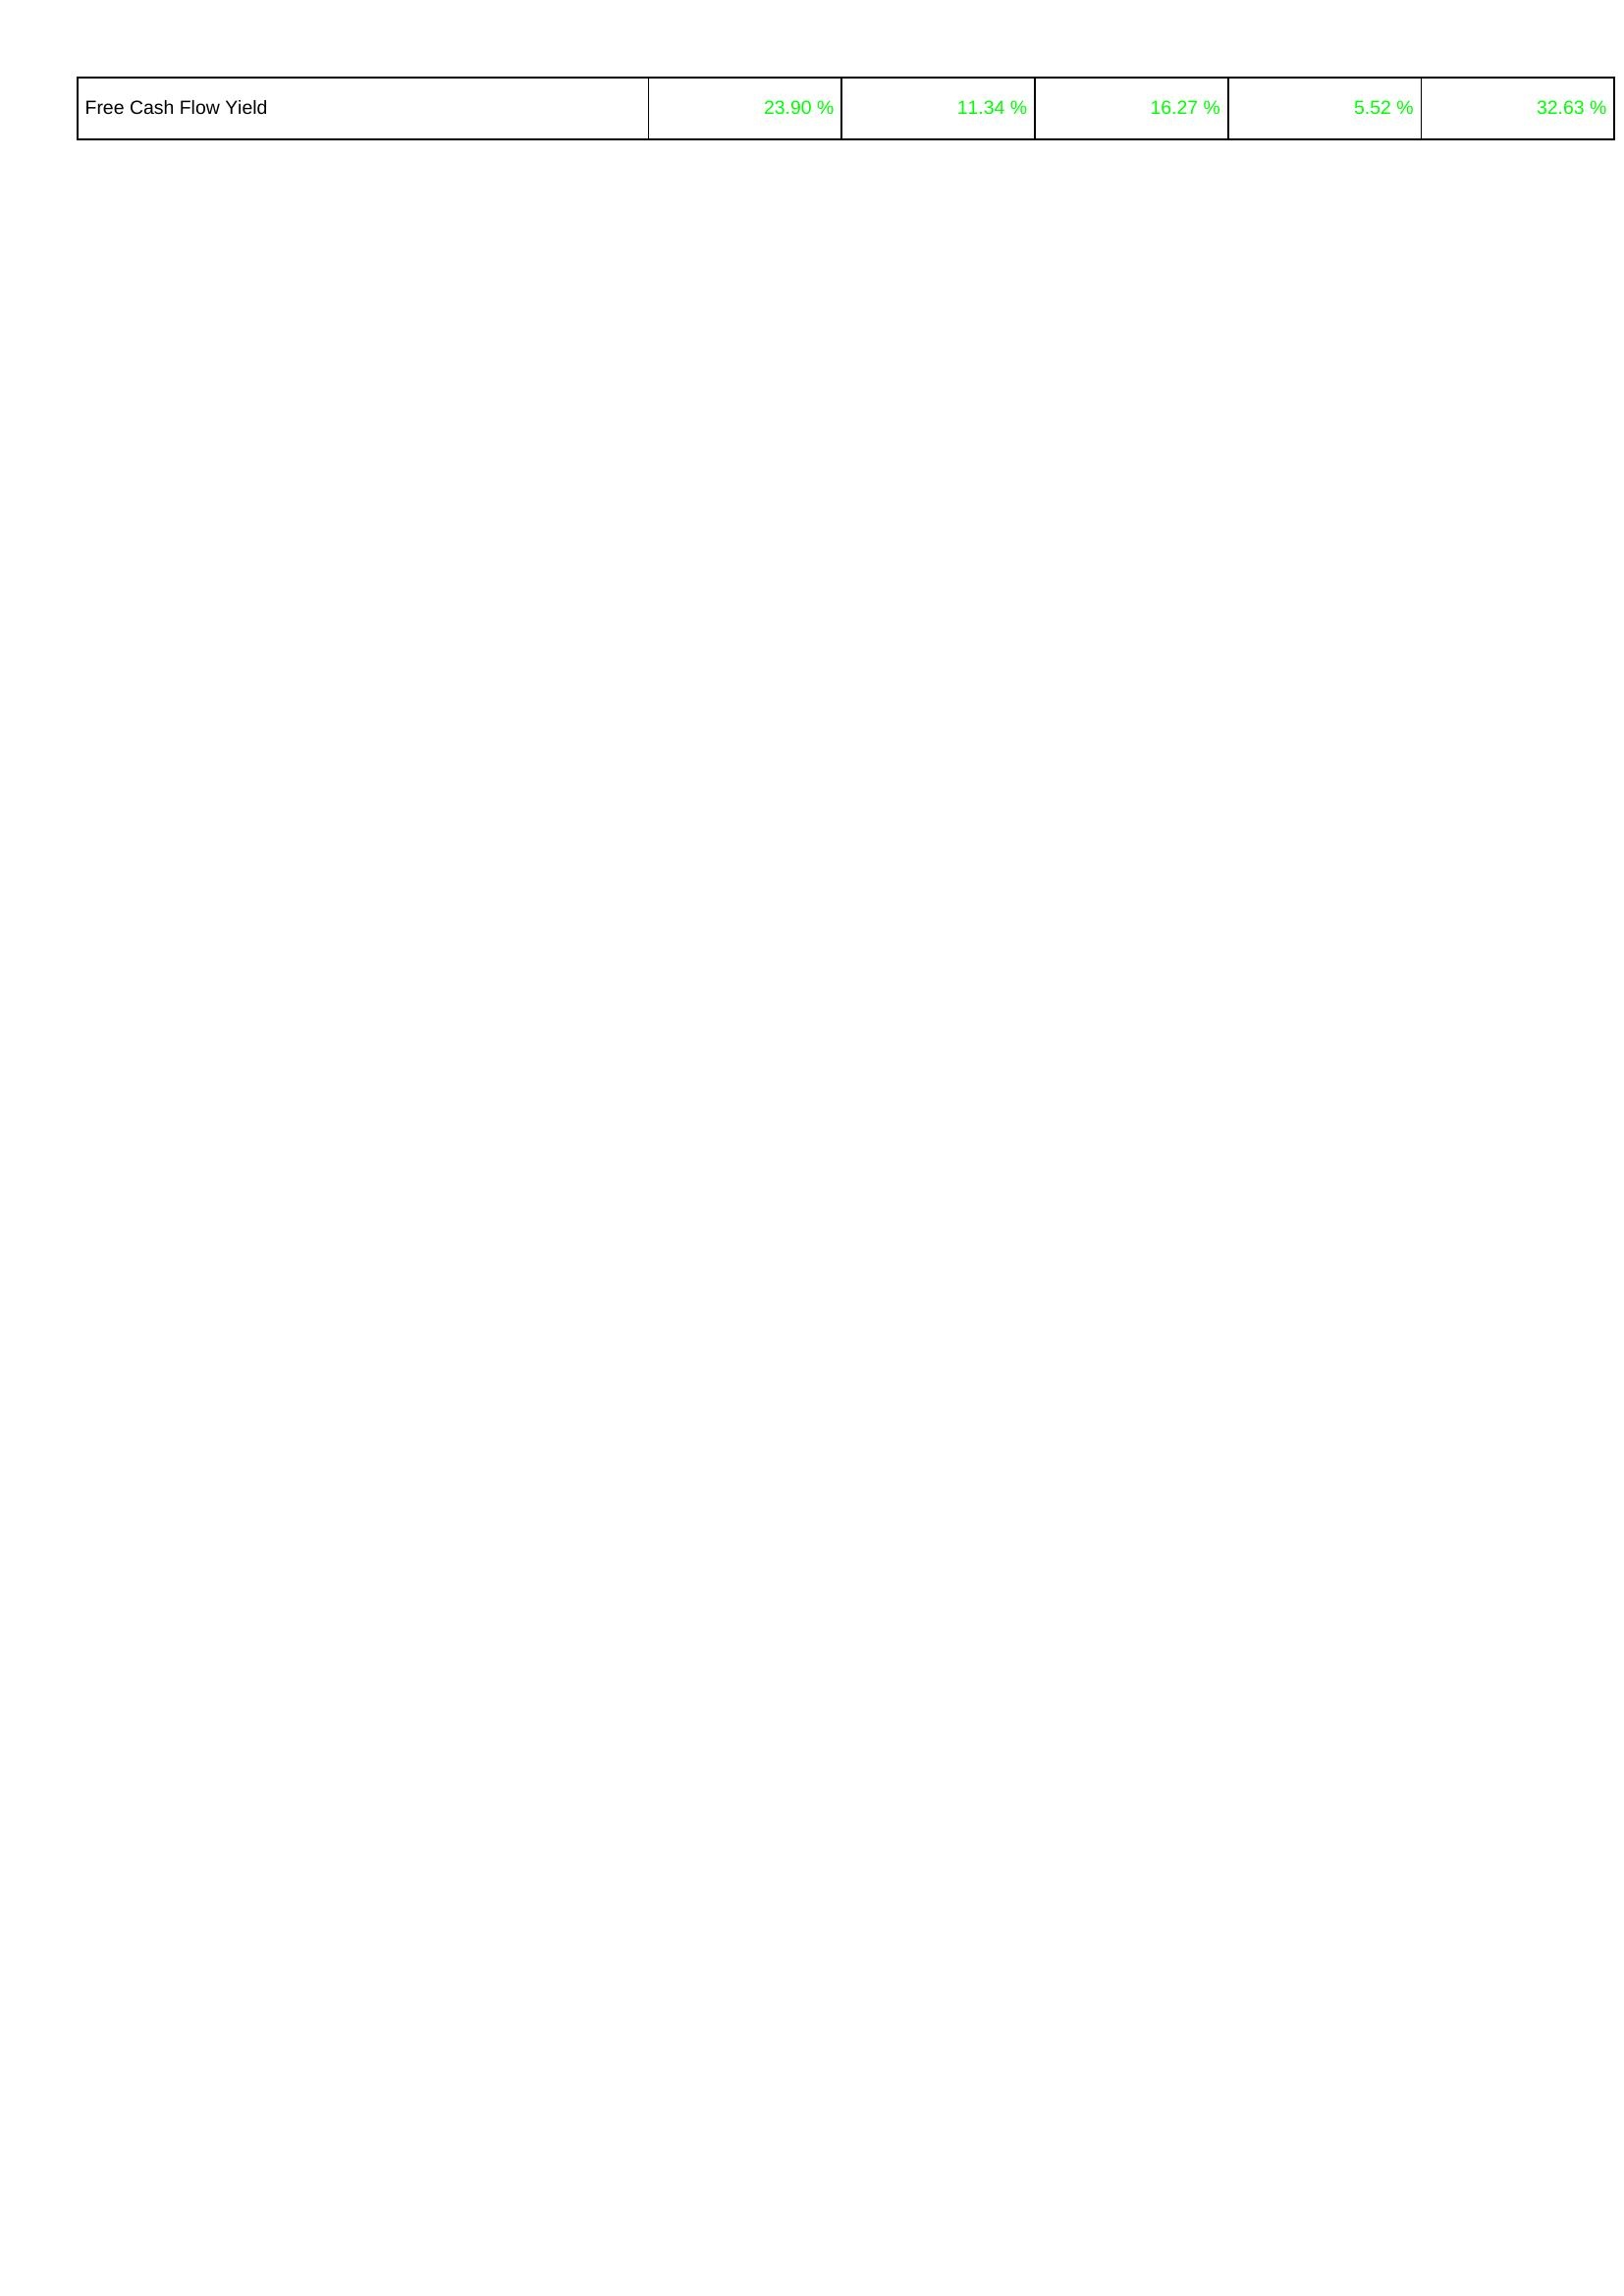
2013: Financing Activities: Free Cash Flow Yield: 23.90 %
2012: Financing Activities: Free Cash Flow Yield: 11.34 %
2011: Financing Activities: Free Cash Flow Yield: 16.27 %
2010: Financing Activities: Free Cash Flow Yield: 5.52 %
2009: Financing Activities: Free Cash Flow Yield: 32.63 %